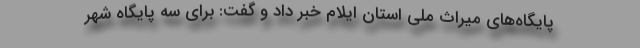
پایگاه‌های میراث ملی استان ایلام خبر داد و گفت: برای سه پایگاه شهر